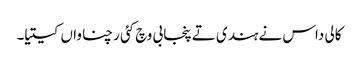
کالی داس نے ہندی تے پنجابی وچ کئی رچناواں کیتیا۔